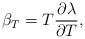
LaTeX: \begin{align*}\beta_{T}=T\frac{\partial\lambda}{\partial T},\end{align*}